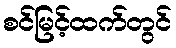
စင်မြင့်ထက်တွင်